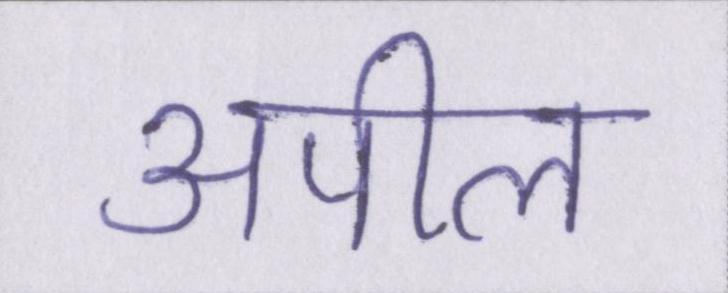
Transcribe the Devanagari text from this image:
अपील